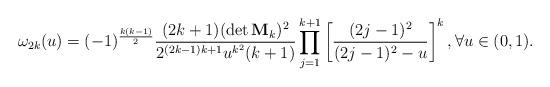
LaTeX: \begin{align*}\omega_{2k}(u)=(-1)^{\frac{k(k-1)}{2}}\frac{(2k+1)(\det \mathbf M_k)^{2}}{2^{(2k-1)k+1}u^{k^{2}}(k+1)}\prod _{j=1}^{k+1}\left[\frac{(2j-1)^{2}}{(2j-1)^2-u}\right]^{k},\forall u\in(0,1).\end{align*}